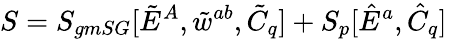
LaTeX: S=S_{gmSG}[\tilde{E}^{A},\tilde{w}^{ab},\tilde{C}_{q}]+S_{p}[\hat{E}^{a},\hat{C}_{q}]\;